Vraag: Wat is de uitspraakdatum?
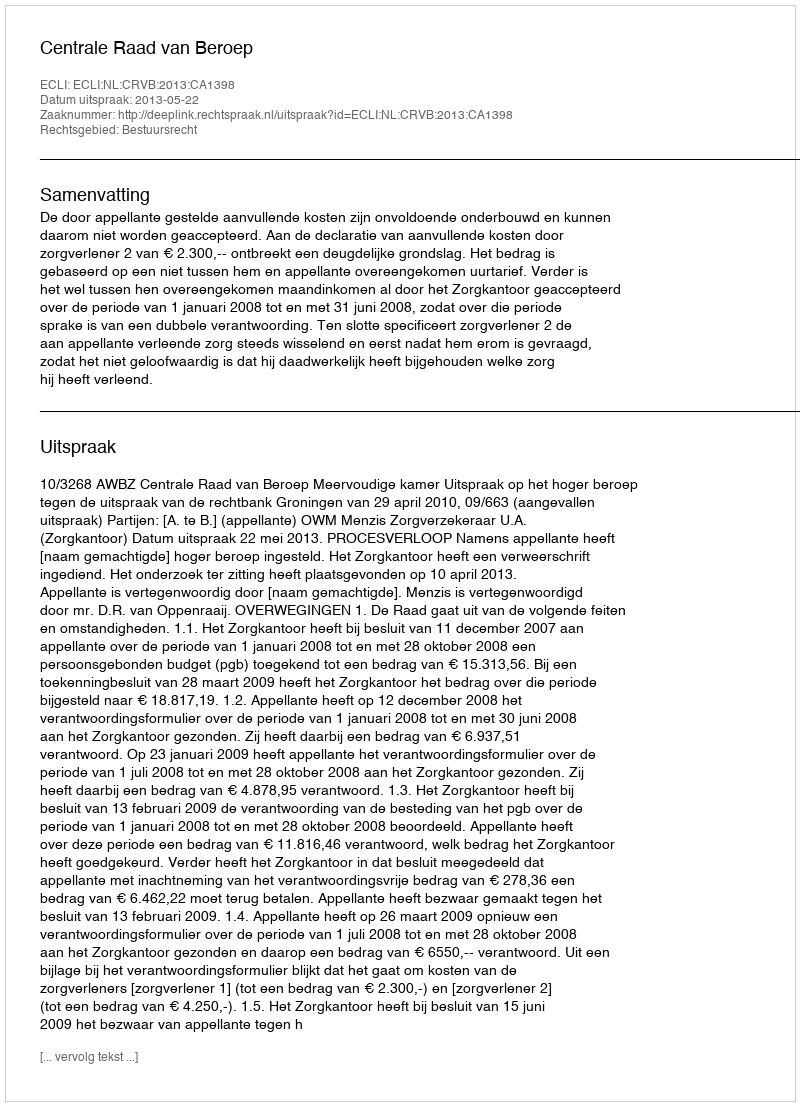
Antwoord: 2013-05-22